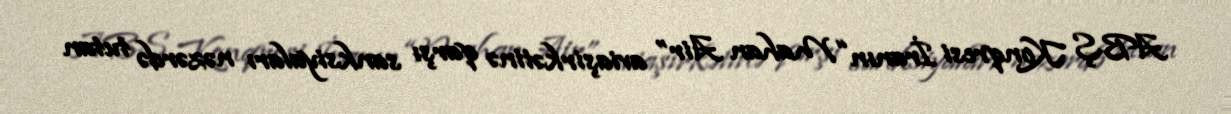
ABŞ Konqresi İranın “Mahan Air” aviaşirkətinə qarşı sanksiyaları nəzərdə tutan